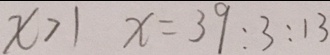
x > 1 x = 3 9 : 3 : 1 3